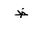
Letter: _za